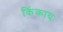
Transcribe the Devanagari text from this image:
किंकायः